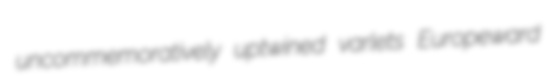
uncommemoratively uptwined varlets Europeward